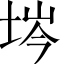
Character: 埁